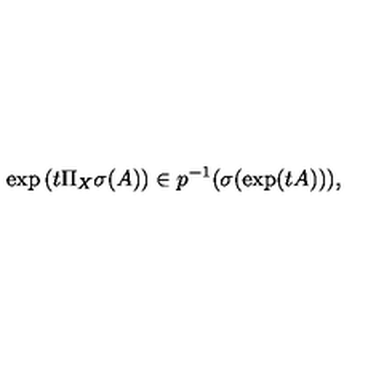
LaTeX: \exp \left( t \Pi _ { X } \sigma ( A ) \right) \in p ^ { - 1 } ( \sigma ( \exp ( t A ) ) ) ,